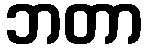
ဘတာ